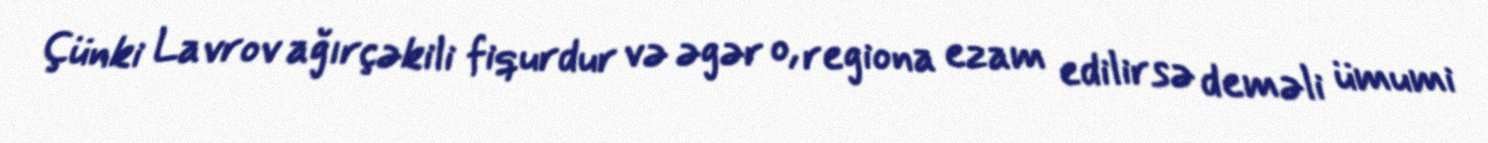
Çünki Lavrov ağırçəkili fiqurdur və əgər o, regiona ezam edilirsə deməli ümumi